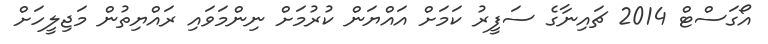
އޯގަސްޓް 2014 ޗައިނާގެ ސަފީރު ކަމަށް އައްޔަން ކުރުމަށް ނިންމަވައި ރައްޔިތުން މަޖިލީހަށް